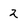
Character: 2